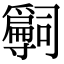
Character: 𡭒